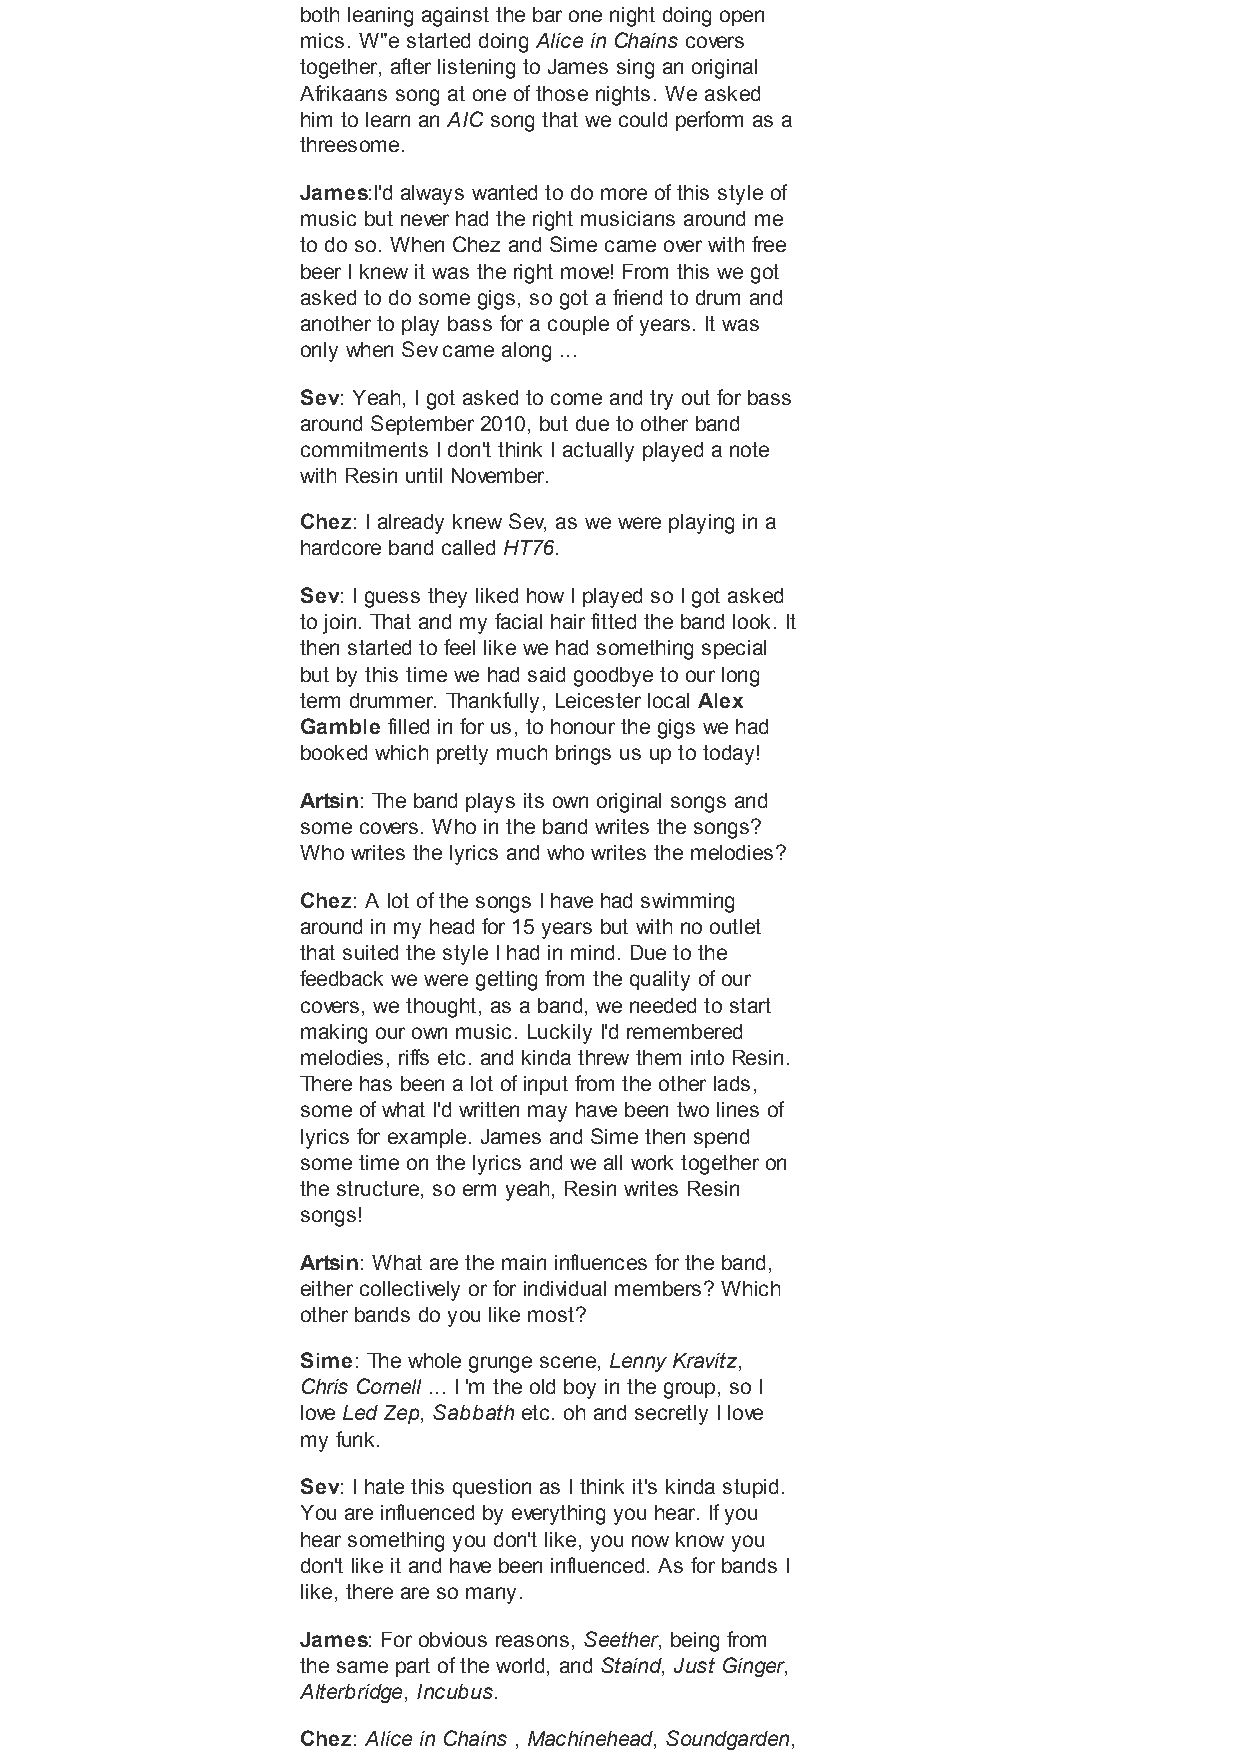
both leaning against the bar one night doing open
 mics. W"e started doing Alice in Chains covers
 together, after listening to James sing an original
 Afrikaans song at one of those nights. We asked
 him to learn an AIC song that we could perform as a
 threesome.
 James:I'd always wanted to do more of this style of
 music but never had the right musicians around me
 to do so. When Chez and Sime came over with free
 beer I knew it was the right move! From this we got
 asked to do some gigs, so got a friend to drum and
 another to play bass for a couple of years. It was
 only when Sev came along ...
 Sev: Yeah, I got asked to come and try out for bass
 around September 2010, but due to other band
 commitments I don't think I actually played a note
 with Resin until November.
 Chez: I already knew Sev, as we were playing in a
 hardcore band called HT76.
 Sev: I guess they liked how I played so I got asked
 to join. That and my facial hair fitted the band look. It
 then started to feel like we had something special
 but by this time we had said goodbye to our long
 term drummer. Thankfully, Leicester local Alex
 Gamble filled in for us, to honour the gigs we had
 booked which pretty much brings us up to today!
 Artsin: The band plays its own original songs and
 some covers. Who in the band writes the songs?
 Who writes the lyrics and who writes the melodies?
 Chez: A lot of the songs I have had swimming
 around in my head for 15 years but with no outlet
 that suited the style I had in mind. Due to the
 feedback we were getting from the quality of our
 covers, we thought, as a band, we needed to start
 making our own music. Luckily I'd remembered
 melodies, riffs etc. and kinda threw them into Resin.
 There has been a lot of input from the other lads,
 some of what I'd written may have been two lines of
 lyrics for example. James and Sime then spend
 some time on the lyrics and we all work together on
 the structure, so erm yeah, Resin writes Resin
 songs!
 Artsin: What are the main influences for the band,
 either collectively or for individual members? Which
 other bands do you like most?
 Sime: The whole grunge scene, Lenny Kravitz,
 Chris Cornell ... I 'm the old boy in the group, so I
 love Led Zep, Sabbath etc. oh and secretly I love
 my funk.
 Sev: I hate this question as I think it's kinda stupid.
 You are influenced by everything you hear. If you
 hear something you don't like, you now know you
 don't like it and have been influenced. As for bands I
 like, there are so many.
 James: For obvious reasons, Seether, being from
 the same part of the world, and Staind, Just Ginger,
 Alterbridge, Incubus.
 Chez: Alice in Chains , Machinehead, Soundgarden,